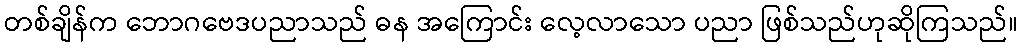
တစ်ချိန်က ဘောဂဗေဒပညာသည် ဓန အကြောင်း လေ့လာသော ပညာ ဖြစ်သည်ဟုဆိုကြသည်။